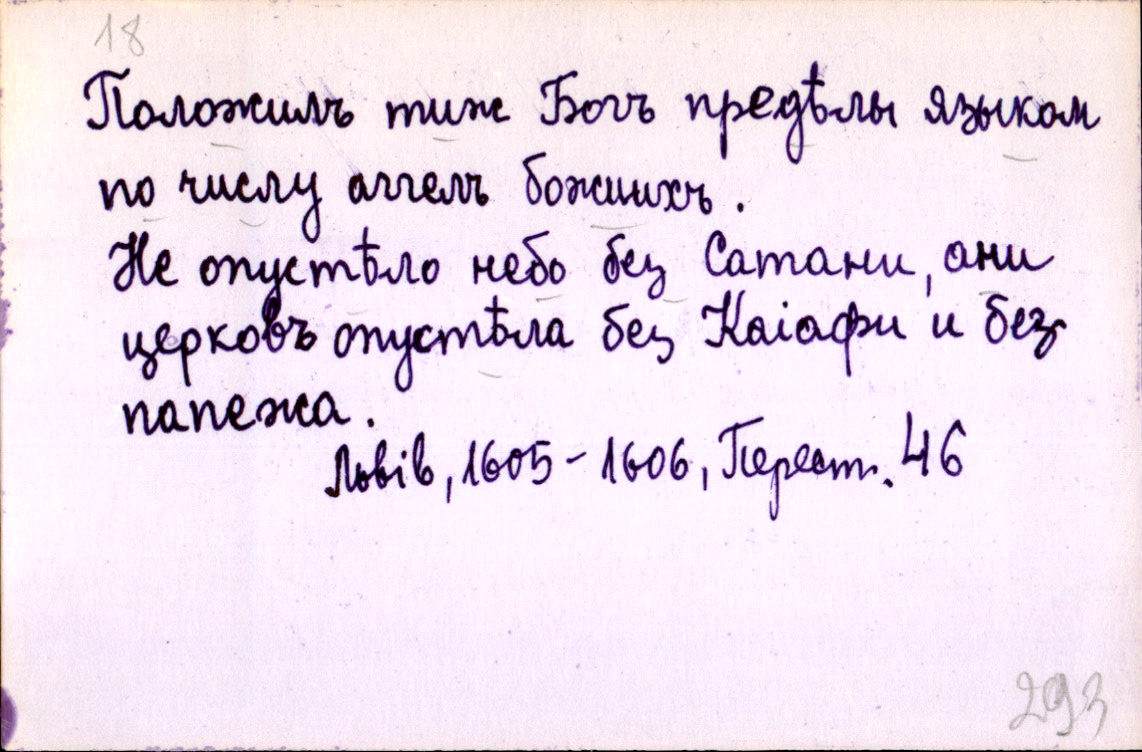
Положилъ тиж Богъ предѣлы языком
по числу аггелъ божиихъ.
Не опустѣло небо без Сатани, ани
церковъ опустѣла без Каіафи и без
папежа.
Львів, 1605-1606, Перест. 46